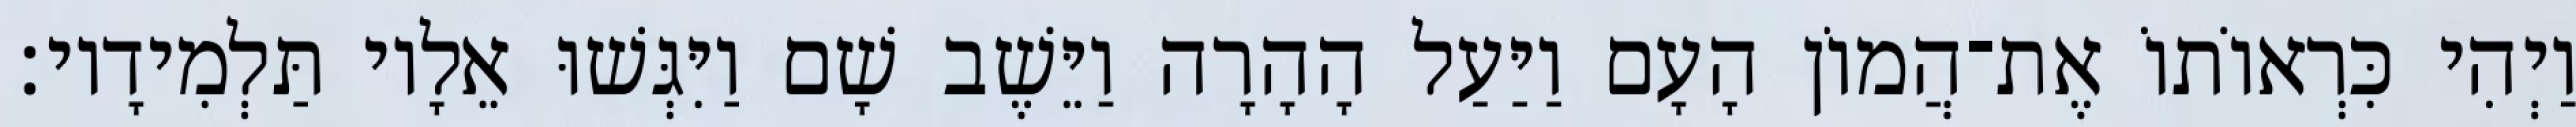
וַיְהִי כִּרְאוֹתוֹ אֶת־הֲמוֹן הָעָם וַיַּעַל הָהָרָה וַיֵּשֶׁב שָׁם וַיִּגְּשׁוּ אֵלָיו תַּלְמִידָיו׃